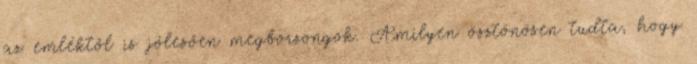
az emléktől is jólesően megborzongok. Amilyen ösztönösen tudta, hogy